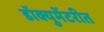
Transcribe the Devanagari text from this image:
डॉक्युमेंटरीत